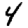
Digit: 4